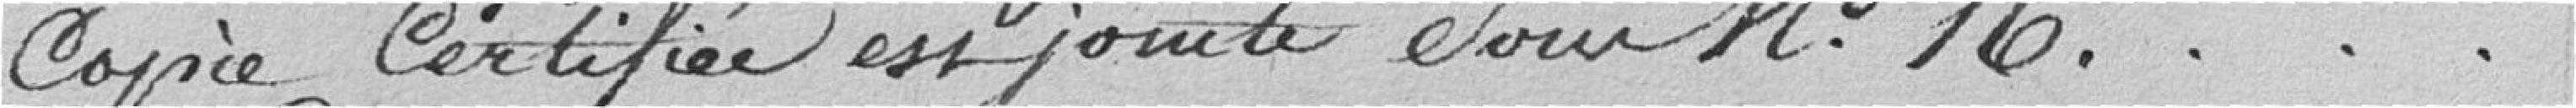
copie certifiée est jointe sous le numéro 16